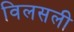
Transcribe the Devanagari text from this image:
विलसली